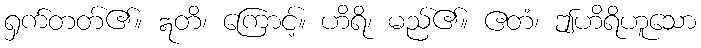
ရှက်တတ်၏။ ဣတိ၊ ကြောင့်။ ဟိရိ၊ မည်၏။ ဧတံ၊ ဤဟိရိဟူသော